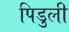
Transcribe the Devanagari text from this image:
पिडुली